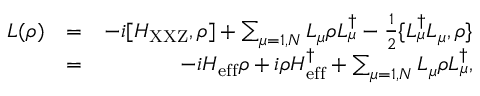
\begin{array} { r l r } { L ( \rho ) } & { = } & { - i [ H _ { \mathrm { X X Z } } , \rho ] + \sum _ { \mu = 1 , N } L _ { \mu } \rho L _ { \mu } ^ { \dagger } - \frac { 1 } { 2 } \{ L _ { \mu } ^ { \dagger } L _ { \mu } , \rho \} } \\ & { = } & { - i H _ { \mathrm { e f f } } \rho + i \rho H _ { \mathrm { e f f } } ^ { \dagger } + \sum _ { \mu = 1 , N } L _ { \mu } \rho L _ { \mu } ^ { \dagger } , } \end{array}